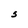
Character: S